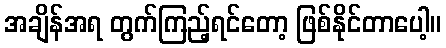
အချိန်အရ တွက်ကြည့်ရင်တော့ ဖြစ်နိုင်တာပေါ့။